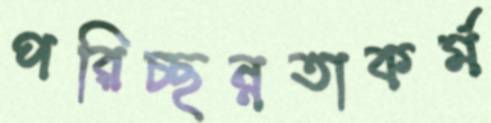
পরিচ্ছন্নতাকর্ম